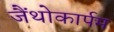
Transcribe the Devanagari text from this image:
जैंथोकार्पम